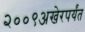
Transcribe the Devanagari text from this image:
२००९अखेरपर्यंत